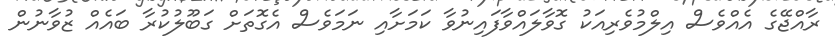
ރާއްޖޭގެ އެއްވެސް އިލްމުވެރިއަކު ގޮވާލައްވާފައިނުވާ ކަމަށާއި ނަމަވެސް އެގޮތަށް ގަބޫލުކުރާ ބައެއް ޒުވާނުން